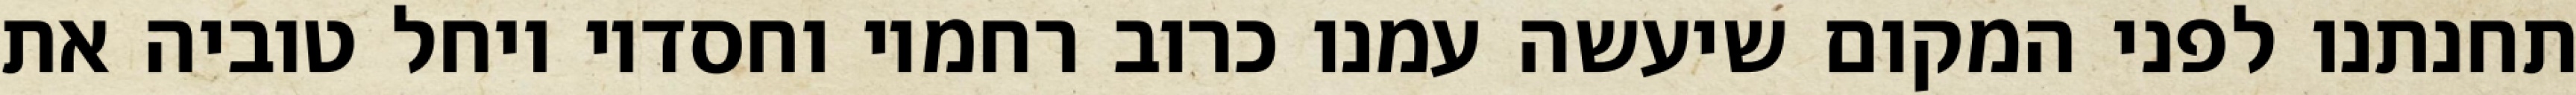
תחנתנו לפני המקום שיעשה עמנו כרוב רחמיו וחסדיו ויחל טוביה את